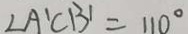
\angle A ^ { \prime } C B ^ { \prime } = 1 1 0 ^ { \circ }